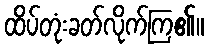
ထိပ်တုံးခတ်လိုက်ကြ၏။